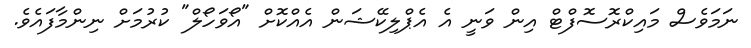
ނަމަވެސް މައިކްރޮސޮފްޓް އިން ވަނީ އެ އެޕްލިކޭޝަން އެއްކޮށް "އޯވަހޯލް" ކުރުމަށް ނިންމާފައެވެ.